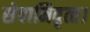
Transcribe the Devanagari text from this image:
सेवानिवृत्‍त।